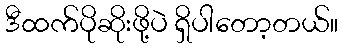
ဒီထက်ပိုဆိုးဖို့ပဲ ရှိပါတော့တယ်။